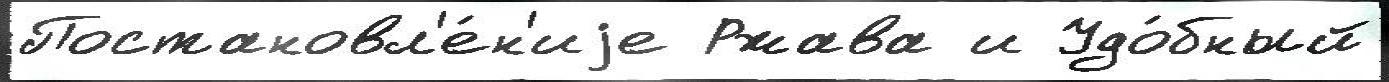
Постановл'е́н'иjе Ржава и Удо́бный